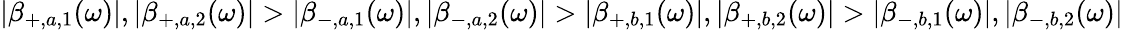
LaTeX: |\beta_{+,a,1}(\omega)|,|\beta_{+,a,2}(\omega)|>|\beta_{-,a,1}(\omega)|,|\beta_{-,a,2}(\omega)|>|\beta_{+,b,1}(\omega)|,|\beta_{+,b,2}(\omega)|>|\beta_{-,b,1}(\omega)|,|\beta_{-,b,2}(\omega)|